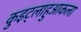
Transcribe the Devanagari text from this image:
कुइट्लाहुआकला